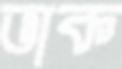
ভাক